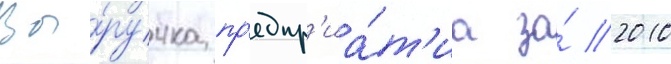
Вы́ручка пр'едпр'иа́т'иа за́ 2010